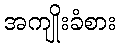
အကျိုးခံစား